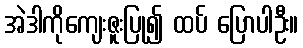
အဲဒါကိုကျေးဇူးပြု၍ ထပ် ပြောပါဦး။